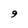
Character: 9